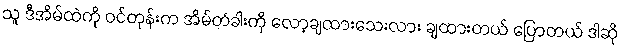
သူ ဒီအိမ်ထဲကို ဝင်တုန်းက အိမ်တံခါးကို လော့ချထားသေးလား ချထားတယ် ပြောတယ် ဒါဆို